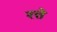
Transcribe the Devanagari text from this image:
रत्ते